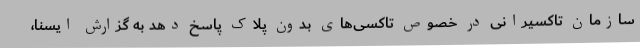
سازمان تاکسیرانی در خصوص تاکسی‌های بدون پلاک پاسخ دهد به گزارش ایسنا،